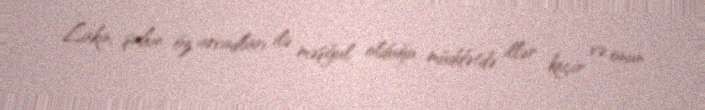
Lakin, şahın öz arvadları ilə məşğul olduğu müddətdə illər keçir və onun